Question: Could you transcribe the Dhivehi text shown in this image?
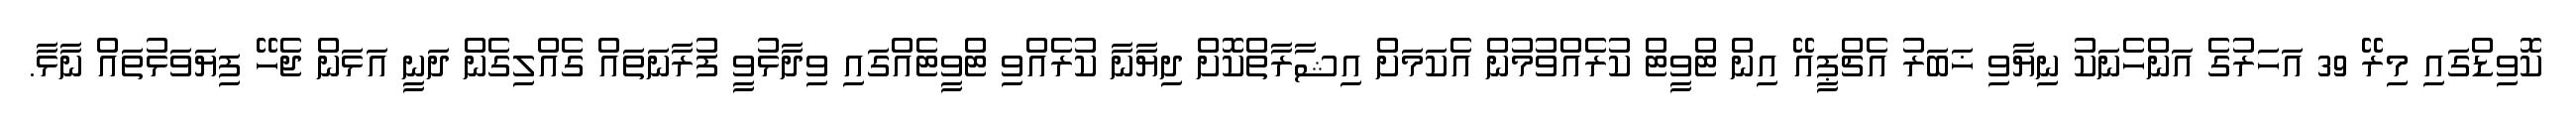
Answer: ކޮވިޑްގައި މިރޭ 39 އަހަރުގެ އަންހެނަކު ނިޔާވި ޚަބަރު އެޗްޕީއޭ އިން ޓްވީޓް ކުރެއްވުމުން އެކަމަށް އިޝާރާތްކޮށް ދިޔާނާ ކުރެއްވި ޓްވީޓެއްގައި ވިދާޅުވީ ފުރާނަތައް ގެއްލިގެން ދަނީ އަޅަން ޖެހޭ ފިޔަވަޅުތައް ނާޅާ.